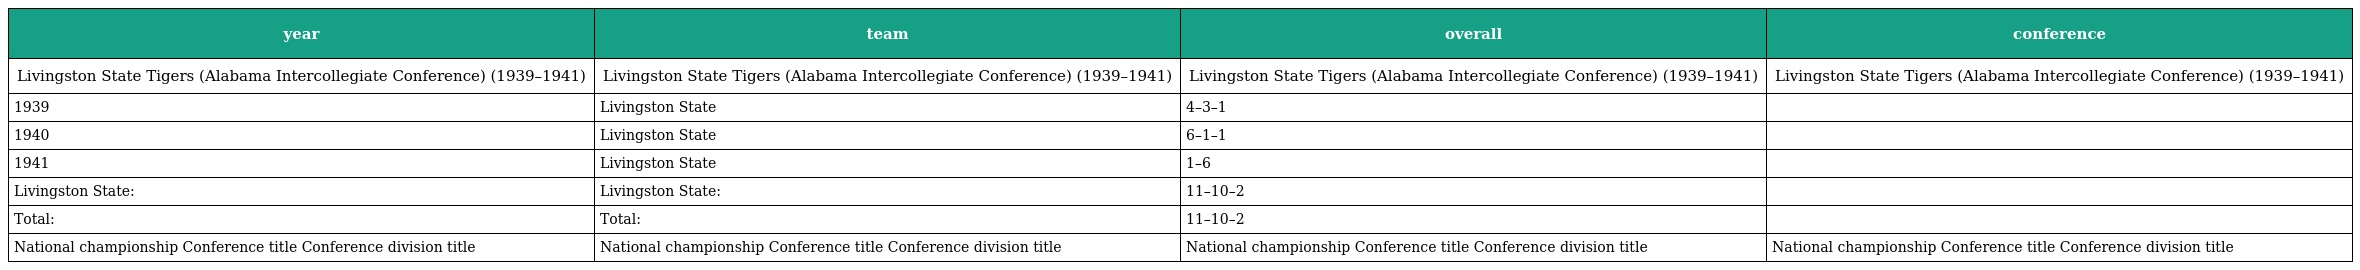
| year | team | overall | conference |
 | --- | --- | --- | --- |
 | Livingston State Tigers (Alabama Intercollegiate Conference) (1939–1941) | Livingston State Tigers (Alabama Intercollegiate Conference) (1939–1941) | Livingston State Tigers (Alabama Intercollegiate Conference) (1939–1941) | Livingston State Tigers (Alabama Intercollegiate Conference) (1939–1941) |
 | 1939 | Livingston State | 4–3–1 |  |
 | 1940 | Livingston State | 6–1–1 |  |
 | 1941 | Livingston State | 1–6 |  |
 | Livingston State: | Livingston State: | 11–10–2 |  |
 | Total: | Total: | 11–10–2 |  |
 | National championship Conference title Conference division title | National championship Conference title Conference division title | National championship Conference title Conference division title | National championship Conference title Conference division title |